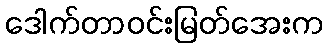
ဒေါက်တာဝင်းမြတ်အေးက